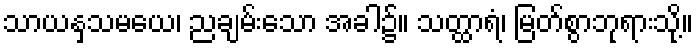
သာယနှသမယေ၊ ညချမ်းသော အခါ၌။ သတ္ထာရံ၊ မြတ်စွာဘုရားသို့။